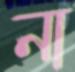
না